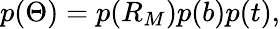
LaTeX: p(\Theta)=p(R_{M})p(b)p(t),